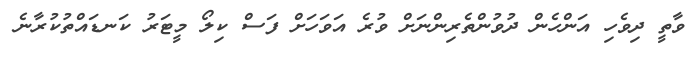
ވާތީ ދިވެހި އަންހެން ދުވުންތެރިންނަށް ވުރެ އަވަހަށް ފަސް ކިލޯ މީޓަރު ކަނޑައްތުކުރާނެ